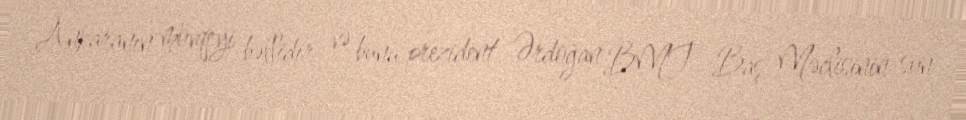
Ankaranın mövqeyi bəllidir və bunu prezident Ərdoğan BMT Baş Məclisinin son